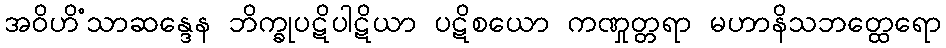
အဝိဟိံသာဆန္ဒေန ဘိက္ခုပဋိပါဋိယာ ပဋိစယော ကဏှုတ္တရာ မဟာနိသဘတ္ထေရော